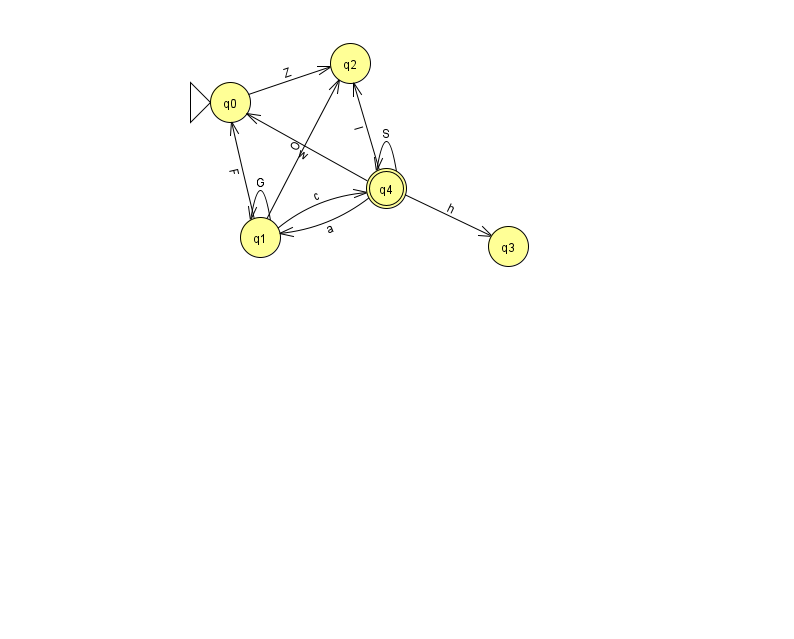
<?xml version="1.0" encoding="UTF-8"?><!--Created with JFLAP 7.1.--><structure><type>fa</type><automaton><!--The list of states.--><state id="0" name="q0"><x>230.0</x><y>89.0</y><initial/></state><state id="1" name="q1"><x>260.0</x><y>224.0</y></state><state id="2" name="q2"><x>350.0</x><y>50.0</y></state><state id="3" name="q3"><x>508.0</x><y>233.0</y></state><state id="4" name="q4"><x>386.0</x><y>175.0</y><final/></state><!--The list of transitions.--><transition><from>4</from><to>4</to><read>S</read></transition><transition><from>1</from><to>2</to><read>O</read></transition><transition><from>4</from><to>0</to><read>w</read></transition><transition><from>1</from><to>1</to><read>G</read></transition><transition><from>1</from><to>4</to><read>c</read></transition><transition><from>0</from><to>2</to><read>Z</read></transition><transition><from>4</from><to>1</to><read>a</read></transition><transition><from>4</from><to>3</to><read>h</read></transition><transition><from>1</from><to>0</to><read>F</read></transition><transition><from>4</from><to>2</to><read>l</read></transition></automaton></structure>